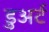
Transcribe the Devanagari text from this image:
डुअर्ट